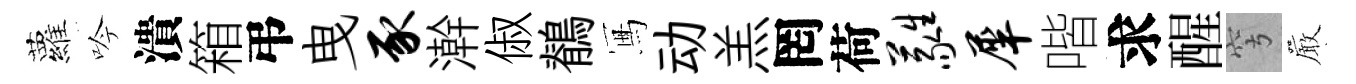
蘿吟潰箱弔曳豕澣俶鶺冩动羔罔荷蕤犀喈求醒穹巖